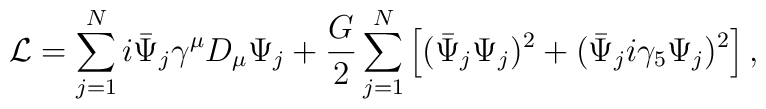
{\cal L} = \sum^N_{j=1} i\bar{\Psi}_j \gamma^\mu D_\mu\Psi_j +\frac{G}{2} \sum^N_{j=1} \left[ (\bar{\Psi}_j\Psi_j)^2+(\bar{\Psi}_ji\gamma_5\Psi_j)^2 \right],